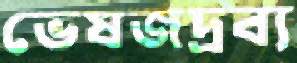
ভেষজদ্রব্য